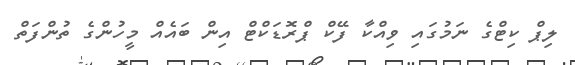
ލިޕް ކިޓްގެ ނަމުގައި ވިއްކާ ފޭކް ޕްރޮޑަކްޓް އިން ބައެއް މީހުންގެ ތުންފަތް